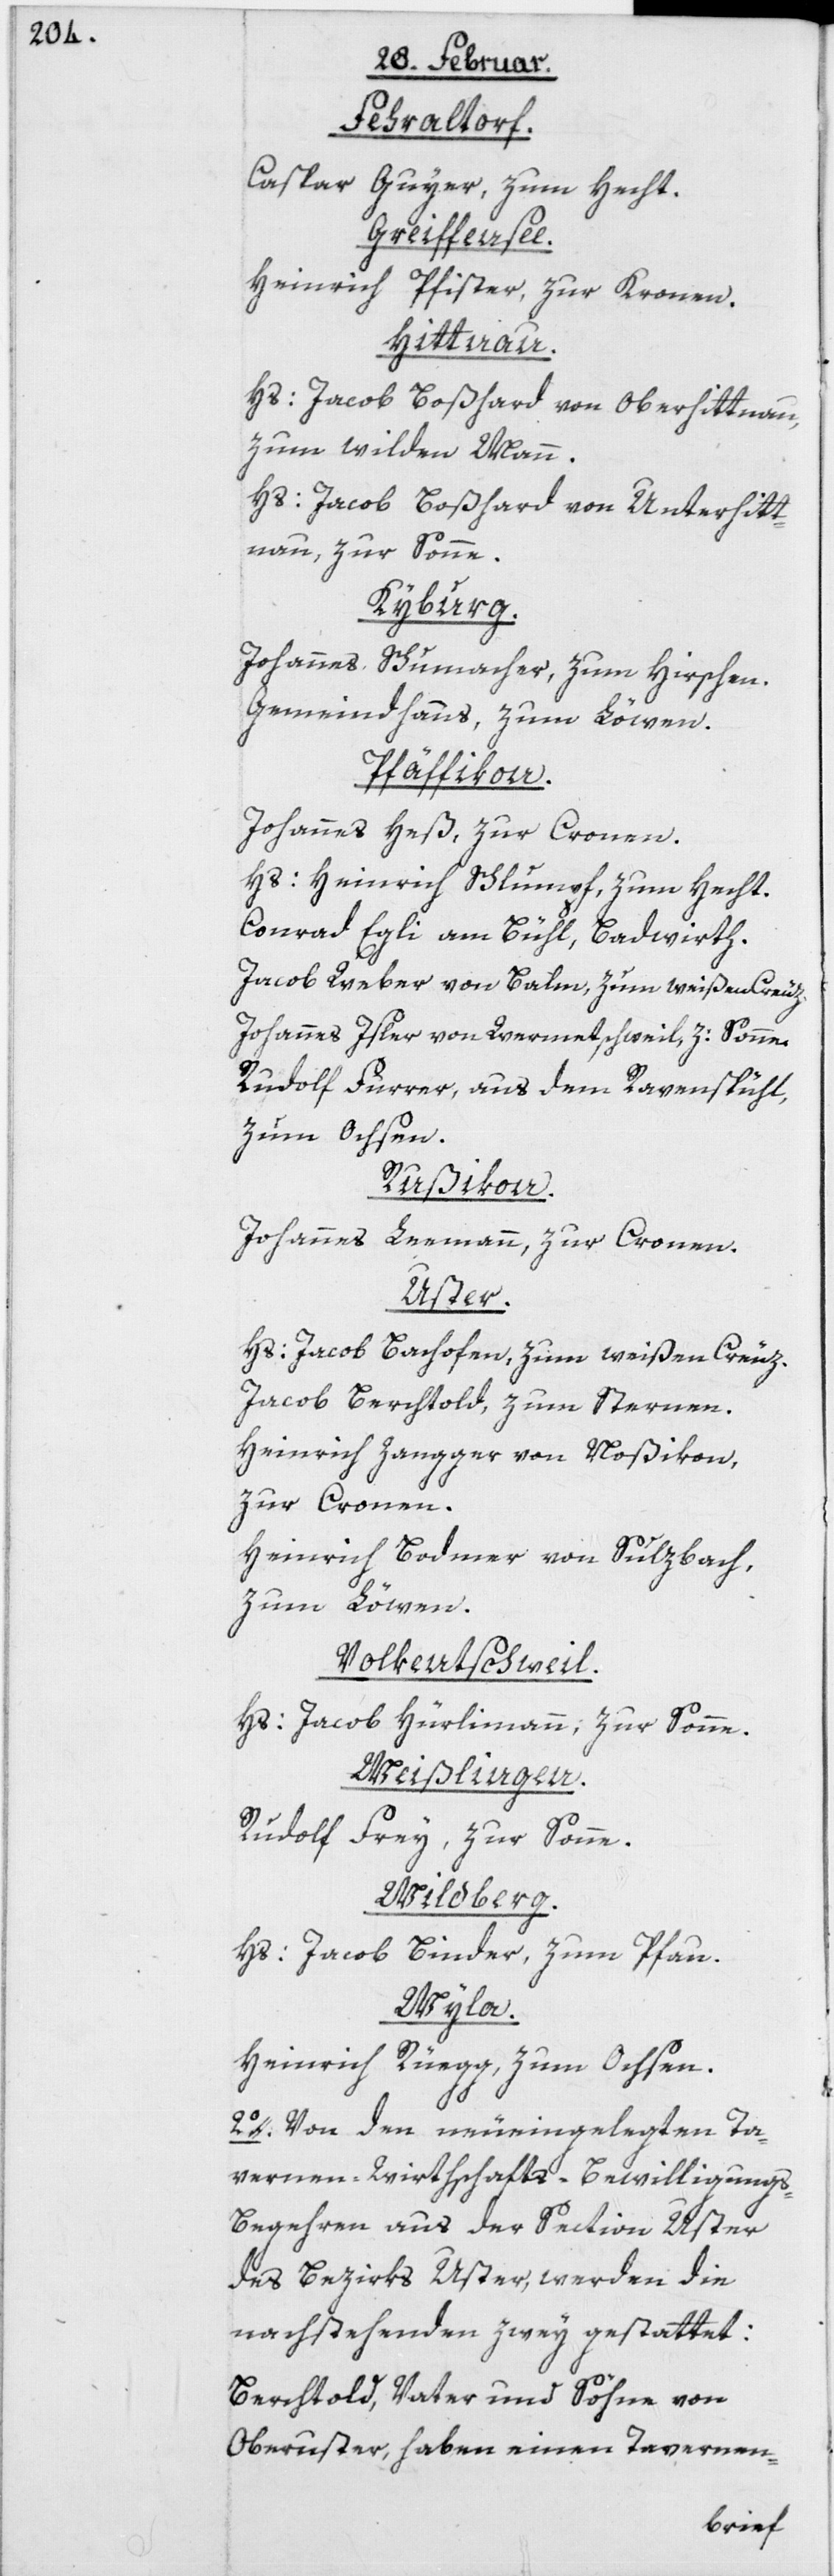
Fehraltorf.
Caspar Guyer, zum Hecht.
Greiffensee.
Heinrich Pfister, zur Kronen.
Hittnau.
Hs: Jacob Boßhard von Oberhittnau,
zum wilden Mann.
Hs: Jacob Boßhard von Unterhitt¬
nau, zur Sonne.
Kyburg.
Johannes Schumacher, zum Hirschen.
Gemeindhaus, zum Löwen.
Pfäffikon.
Johannes Heß, zur Cronen.
Hs: Heinrich Schlumpf, zum Hecht.
Conrad Egli am Bühl, Badwirth.
Jacob Weber von Balm, zum weißen Creuz.
Johannes Isler von Wermetschweil, z: Sonne.
Rudolf Furrer, aus dem Ravenspühl,
zum Ochsen.
Rußikon.
Johannes Leemann, zur Cronen.
Uster.
Hs: Jacob Bachofen, zum weißen Creuz.
Jacob Berchtold, zum Sternen.
Heinrich Zangger von Noßikon,
zur Cronen.
Heinrich Bodmer von Sulzbach,
zum Löwen.
Volkentschweil.
Hs: Jacob Hürlimann, zur Sonne.
Weißlingen.
Rudolf Frey, zur Sonne.
Wildberg.
Hs: Jacob Binder, zum Pfau.
Wyla.
Heinrich Rüegg, zum Ochsen.
2o. Von den neueingelegten Ta¬
vernen-Wirthschafts-Bewilligungs-B¬
egehren aus der Section Uster
des Bezirks Uster, werden die
nachstehenden zwey gestattet:
Berchtold, Vater und Söhne von
Oberuster, haben einen Tavernen-